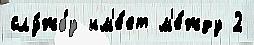
слу́жбу им'е́ет м'е́жду 2